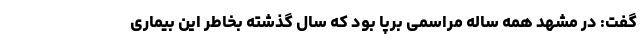
گفت: در مشهد همه ساله مراسمی برپا بود که سال گذشته بخاطر این بیماری